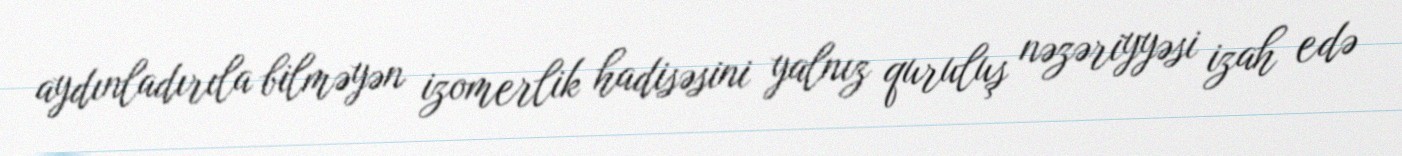
aydınladırıla bilməyən izomerlik hadisəsini yalnız quruluş nəzəriyyəsi izah edə